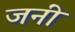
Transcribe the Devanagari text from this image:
जनीं